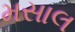
મસાલ